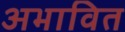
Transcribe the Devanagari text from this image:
अभावित